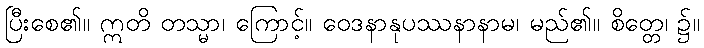
ပြီးစေ၏။ ဣတိ တသ္မာ၊ ကြောင့်။ ဝေဒနာနုပဿနာနာမ၊ မည်၏။ စိတ္တေ၊ ၌။